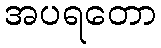
အပရတော